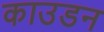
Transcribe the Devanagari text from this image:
काउडन